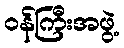
ဝန်ကြီးအဖွဲ့